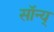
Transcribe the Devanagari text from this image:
सॉन्य्